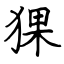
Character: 猓